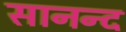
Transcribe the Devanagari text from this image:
सानन्‍द